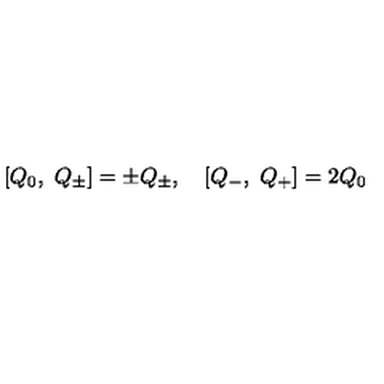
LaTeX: [ Q _ { 0 } , \ Q _ { \pm } ] = \pm Q _ { \pm } , \quad [ Q _ { - } , \ Q _ { + } ] = 2 Q _ { 0 }